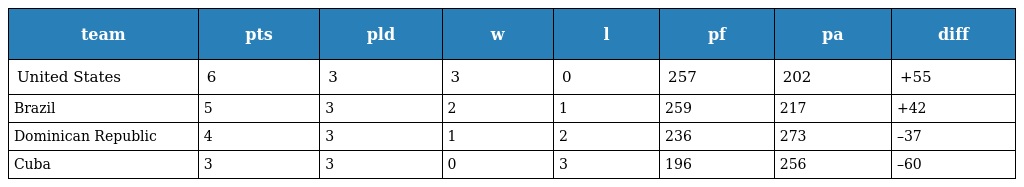
| team | pts | pld | w | l | pf | pa | diff |
 | --- | --- | --- | --- | --- | --- | --- | --- |
 | United States | 6 | 3 | 3 | 0 | 257 | 202 | +55 |
 | Brazil | 5 | 3 | 2 | 1 | 259 | 217 | +42 |
 | Dominican Republic | 4 | 3 | 1 | 2 | 236 | 273 | –37 |
 | Cuba | 3 | 3 | 0 | 3 | 196 | 256 | –60 |